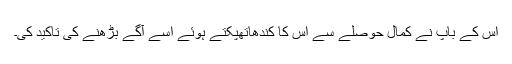
اس کے باپ نے کمال حوصلے سے اس کا کندھاتھپکتے ہوئے اسے آگے بڑھنے کی تاکید کی۔